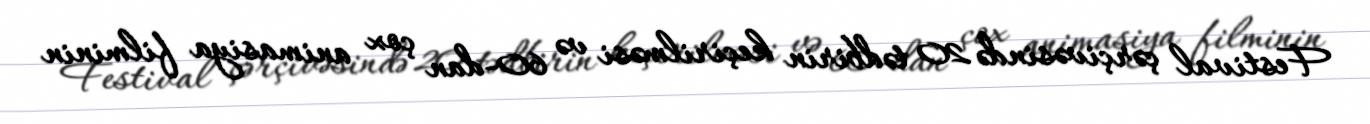
Festival çərçivəsində 20 tədbirin keçirilməsi və 60-dan çox animasiya filminin